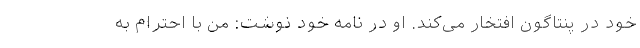
خود در پنتاگون افتخار می‌کند. او در نامه خود نوشت: من با احترام به